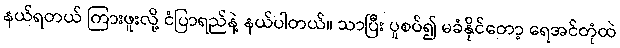
နယ်ရတယ် ကြားဖူးလို့ ငံပြာရည်နဲ့ နယ်ပါတယ်။ သာပြီး ပူစပ်၍ မခံနိုင်တော့ ရေအင်တုံထဲ